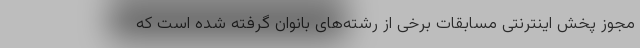
مجوز پخش اینترنتی مسابقات برخی از رشته‌های بانوان گرفته شده است که